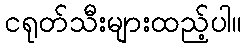
ငရုတ်သီးများထည့်ပါ။